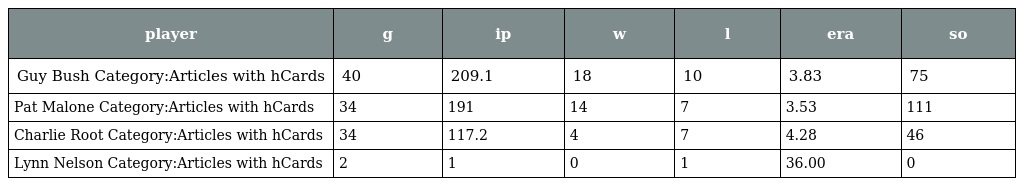
| player | g | ip | w | l | era | so |
 | --- | --- | --- | --- | --- | --- | --- |
 | Guy Bush Category:Articles with hCards | 40 | 209.1 | 18 | 10 | 3.83 | 75 |
 | Pat Malone Category:Articles with hCards | 34 | 191 | 14 | 7 | 3.53 | 111 |
 | Charlie Root Category:Articles with hCards | 34 | 117.2 | 4 | 7 | 4.28 | 46 |
 | Lynn Nelson Category:Articles with hCards | 2 | 1 | 0 | 1 | 36.00 | 0 |